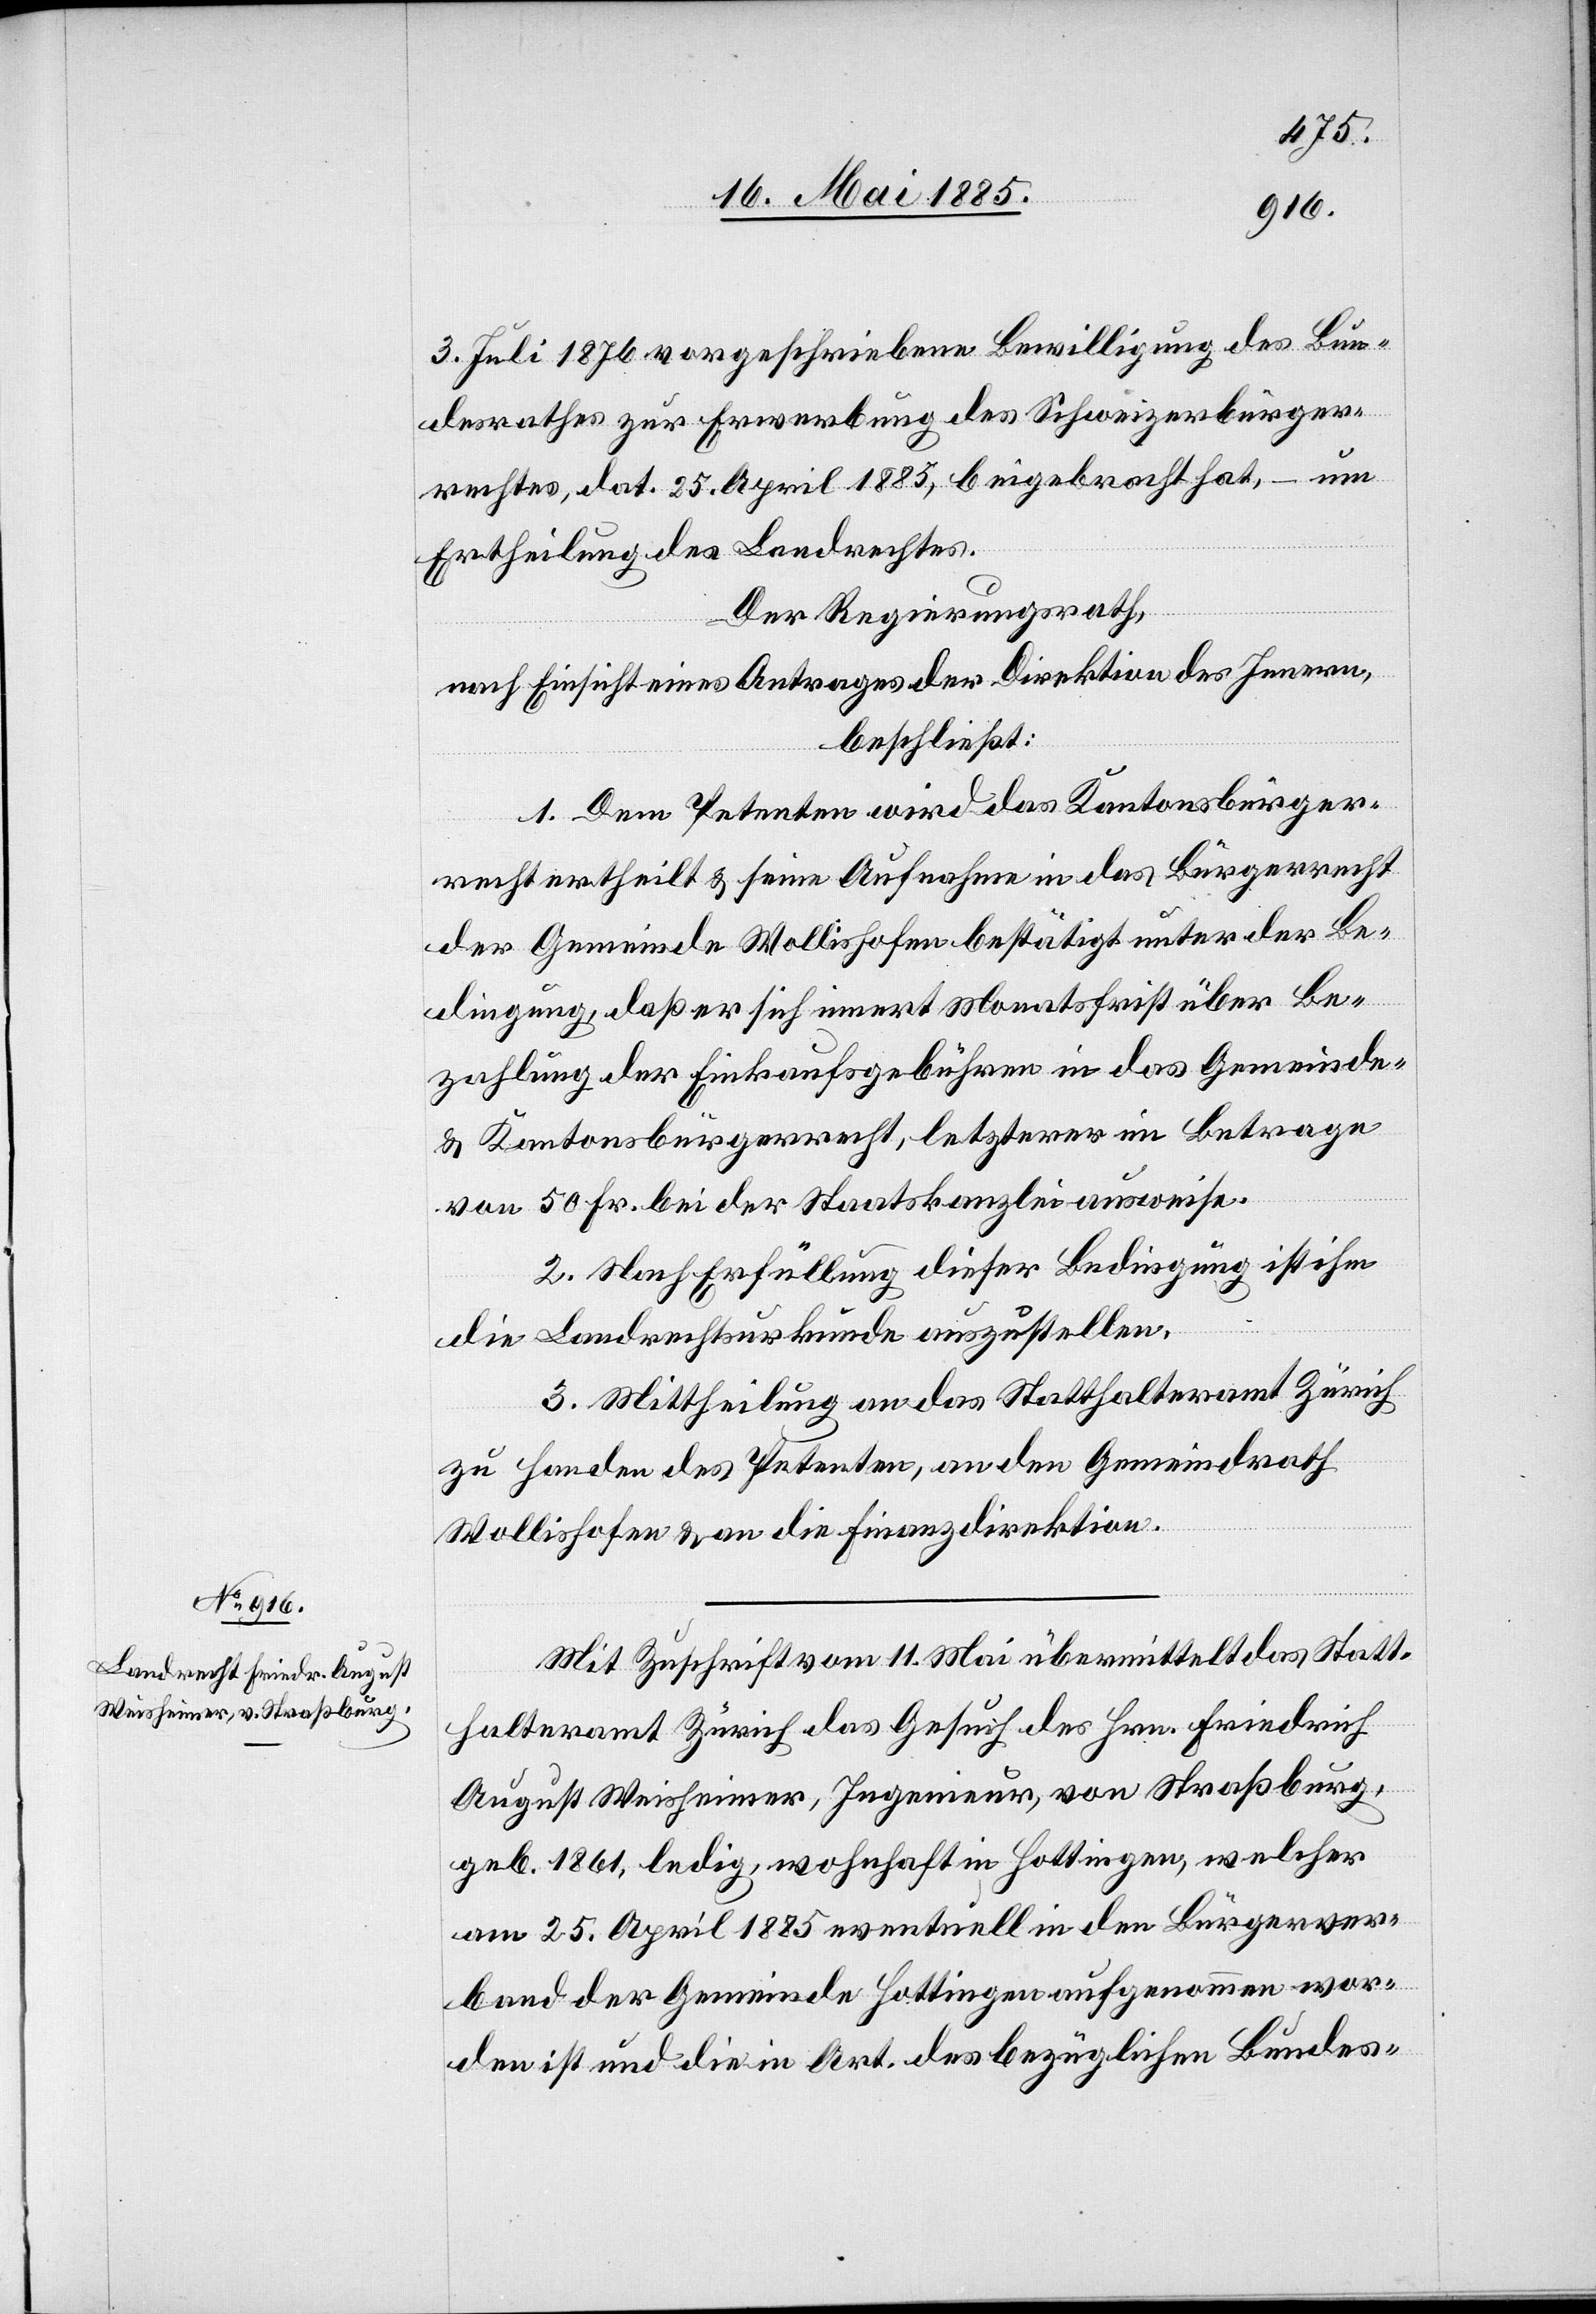
3. Juli 1876 vorgeschriebene Bewilligung des Bun¬
desrathes zur Erwerbung des Schweizerbürger¬
rechtes, dat. 25. April 1885, beigebracht hat, – um
Ertheilung des Landrechtes.
Der Regierungsrath,
nach Einsicht eines Antrages der Direktion des Innern,
beschließt:
1. Dem Petenten wird das Kantonsbürger¬
recht ertheilt & seine Aufnahme in das Bürgerrecht
der Gemeinde Wollishofen bestätigt unter der Be¬
dingung, daß er sich innert Monatsfrist über Be¬
zahlung der Einkaufsgebühren in das Gemeinde-
& Kantonsbürgerrecht, letzterer im Betrage
von 50 Fr. bei der Staatskanzlei ausweise.
2. Nach Erfüllung dieser Bedingung ist ihm
die Landrechtsurkunde auszustellen.
3. Mittheilung an das Statthalteramt Zürich
zu Handen des Petenten, an den Gemeindrath
Wollishofen & an die Finanzdirektion.
Mit Zuschrift vom 11. Mai übermittelt das Statt¬
halteramt Zürich das Gesuch des Hrn. Friedrich
August Weisheimer, Ingenieur, von Straßburg,
geb. 1861, ledig, wohnhaft in Hottingen, welcher
am 25. April 1885 eventuell in den Bürgerver¬
band der Gemeinde Hottingen aufgenommen wor¬
den ist und die in Art. … des bezüglichen Landes-